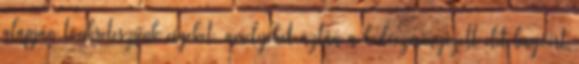
alapján tönkreteszünk cégeket, amelyeket aztán a kedvezményezett elit bagóért